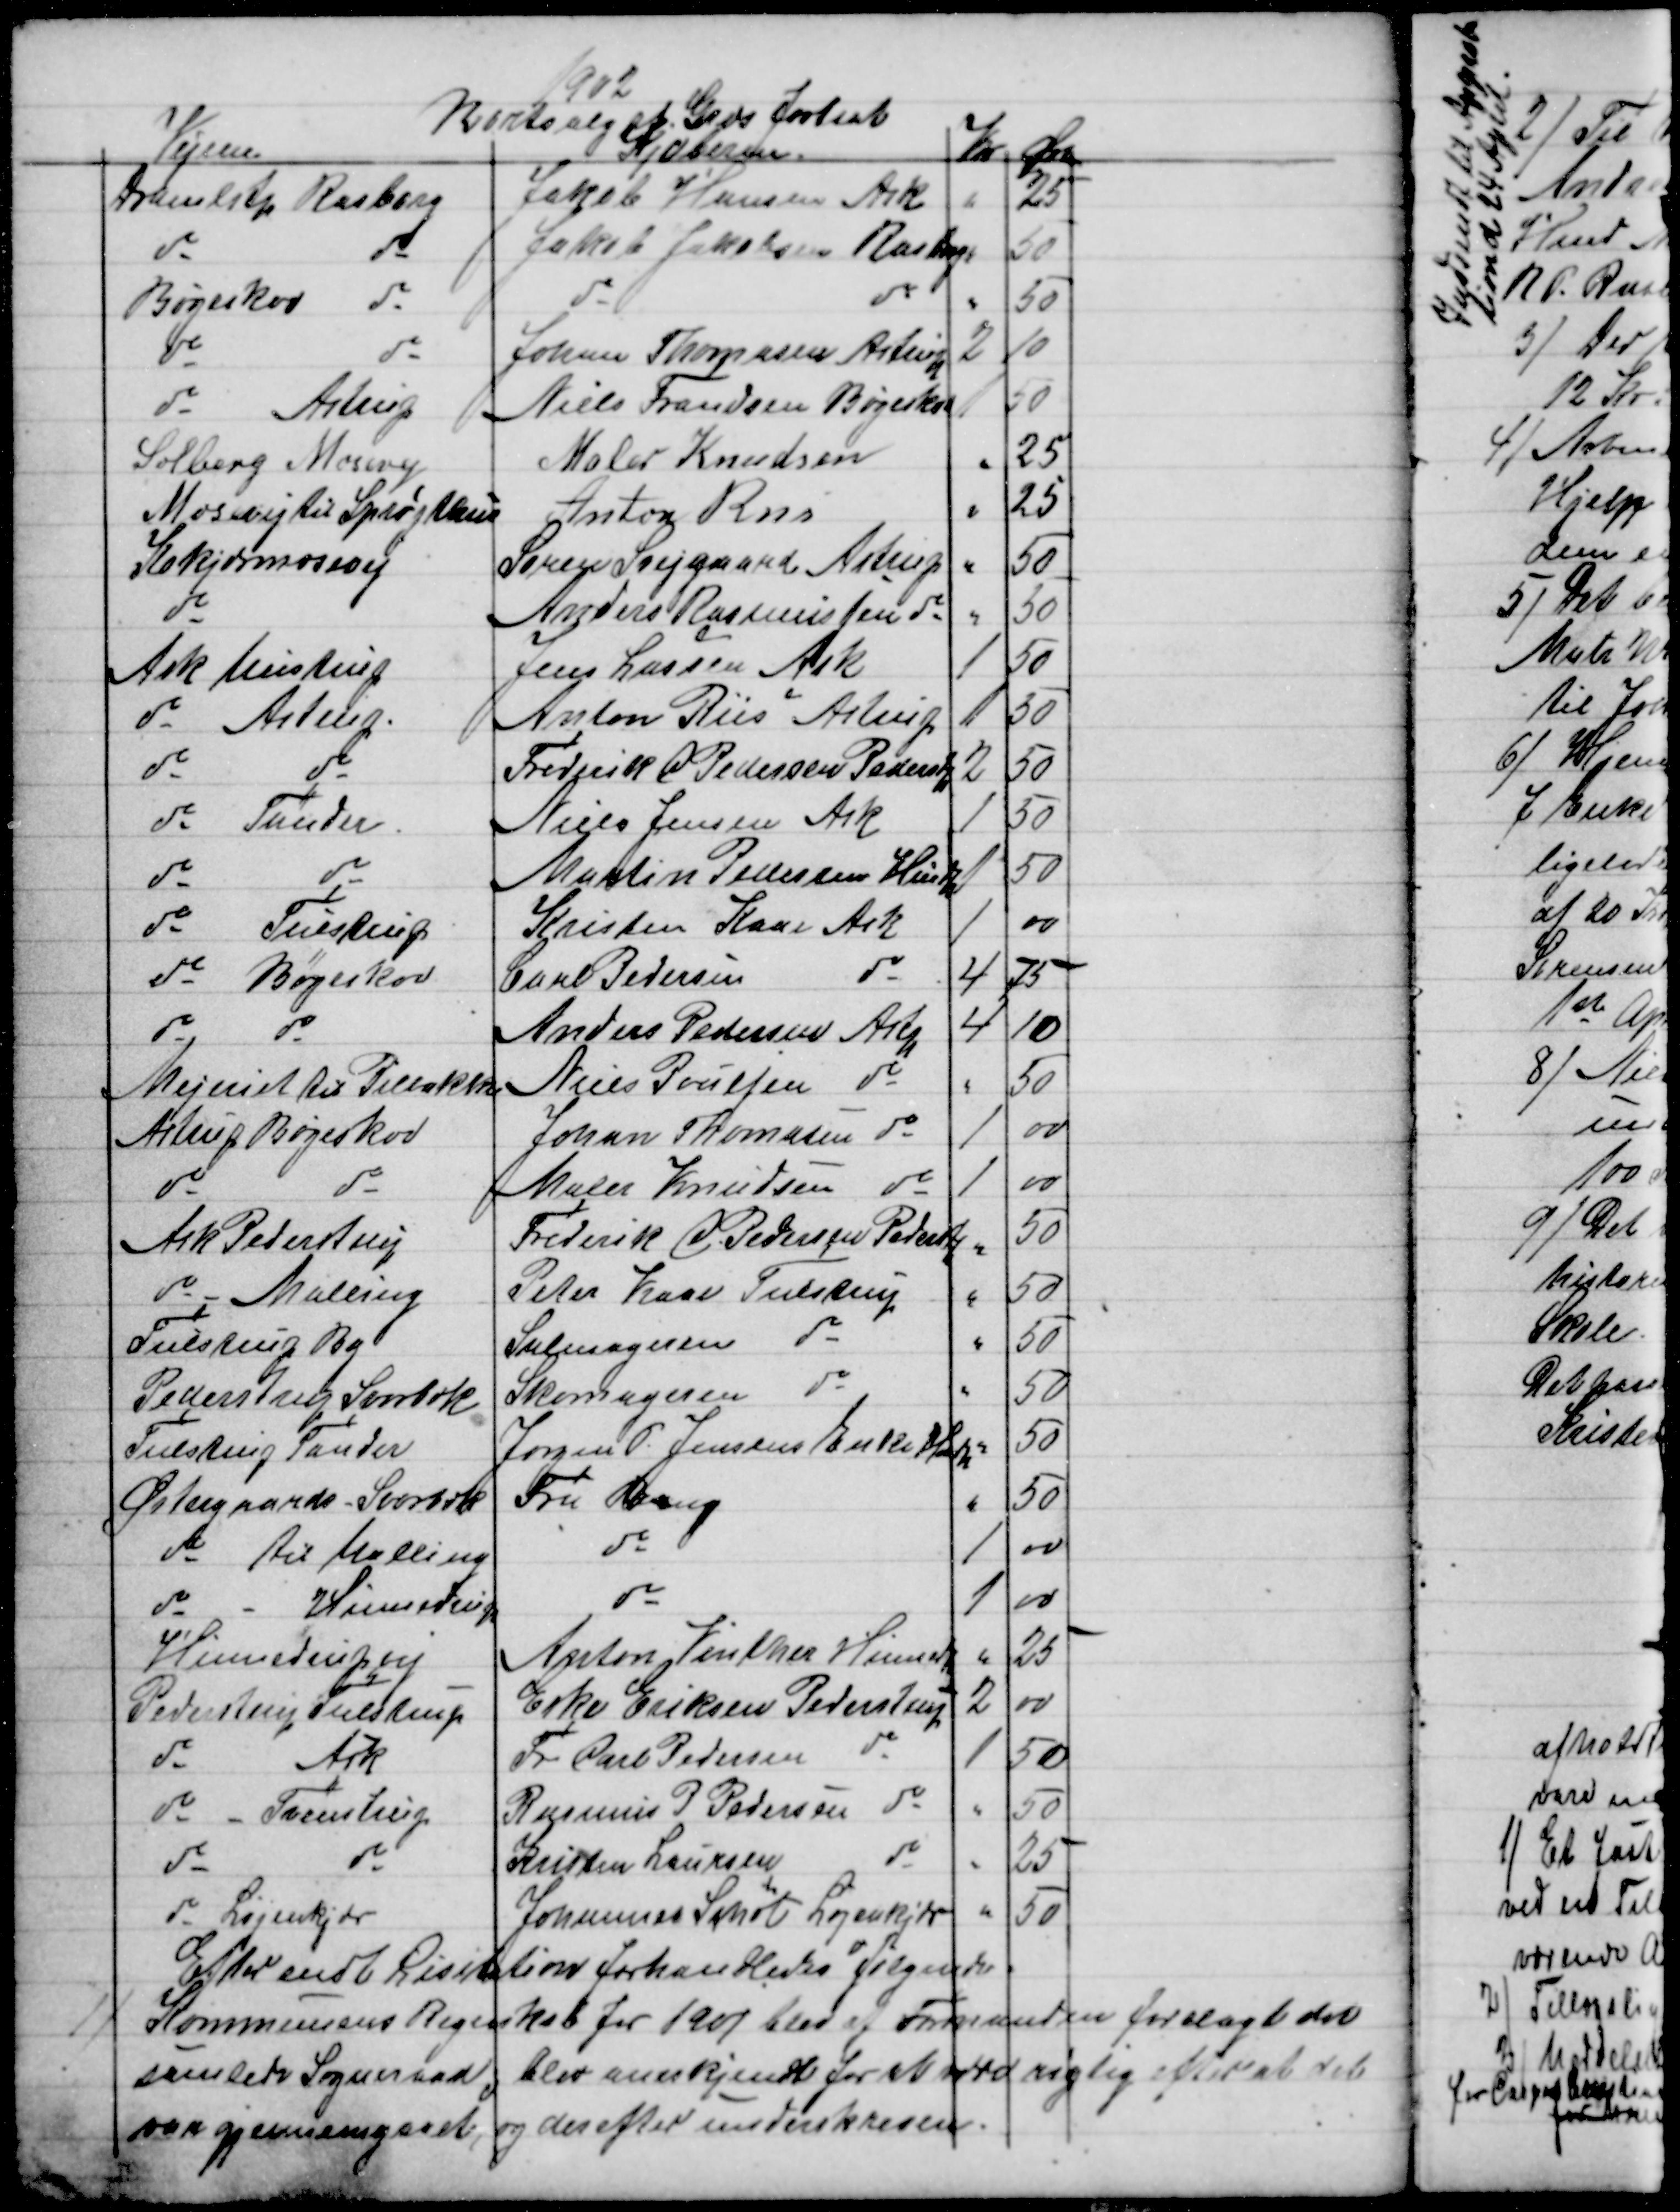
Transskription:
1902
Bortsalg af Græs fortsat
Vejene
Kjøberne
Kr
Øre
Dramlstp Rasborg
Jakob Hansen Ask
"
25
do
do
Jakob Jakobsen Rasborg
"
50
Bøgeskov 
do
do
do
"
50
do
do
Johan Thomasen Astrup
2
10
do
Astrup
Niels Frandsen Bøgeskov
1
50
Solbjerg Mosevej
Maler Knudsen
"
25
Mosevej til Sprøjtehus
Anton Riis
"
25
Kokjærmosevej
Søren Svejgaard Astrup
"
50
do
Anders Rasmussen do
"
50
Ask Mustrup
Jens Lassen Ask
1
50
do
Astrup
Anton Riis Astrup
1
50
do
do
Frederik C Pedersen Pederstp
2
50
do
Tander
Niels Jensen Ask
1
50
do
do
Martin Pedersen Hindp
1
50
do
Tulstrup
Kristen Kaae Ask
1
00
do
Bøgeskov
Carl Pedersen
do
4
75
do
do
Anders Pedersen Astp
4
10
Mejeriet til Pilbakke
Niels Poulsen do
"
50
Astrup Bøgeskov
Johan Thomasen do
1
00
do
do
Maler Knudsen do
1
00
Ask Pederstrup
Frederik C. Pedersen Pederstp
"
50
do Malling
Peter Kaae Tulstrup
"
50
Tulstrup By
Salmageren 
do
"
50
Pederstrup Svorbæk
Skomageren
do
"
50
Tulstrup Tander
Jørgen P. Jensens Enke Hndp
"
50
Østergaards Svorbæk
Fru Bang
"
50
do til Malling
do
1
00
do 
Hinnedrup
do
1
00
Hinnedrupvej
Anton Vinther Hinnedrup
"
25
Pederstrup Tulstrup
Eske Eriksen Pederstrup
2
00
do
Ask
Fr Carl Pedersen
do
1
50
do
Tvenstrup
Rasmus P Pedersen do
"
50
do
do
Kristen Laursen
do
"
25
do Løjenkjær
Johannes Schøt Løjenkjær
"
50
Efter endt Lisitation forhandledes følgende
1)
Kommunens Regnskab for 1901 blev af Formanden forelagt det
samlede Sogneraad, blev anerkjendt for at være rigtig efter at det
var gjennemgaaet, og derefter underskreven.